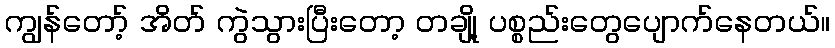
ကျွန်တော့် အိတ် ကွဲသွားပြီးတော့ တချို့ ပစ္စည်းတွေပျောက်နေတယ်။